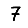
Digit: 7